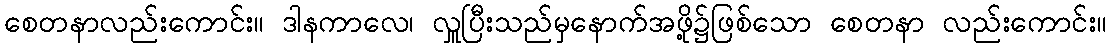
စေတနာလည်းကောင်း။ ဒါနကာလေ၊ လှူပြီးသည်မှနောက်အဖို့၌ဖြစ်သော စေတနာ လည်းကောင်း။